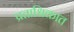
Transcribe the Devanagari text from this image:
प्रताधिकात